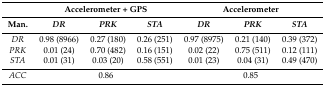
<table><thead><tr><td></td><td colspan="3"><b>Accelerometer + GPS</b></td><td colspan="3"><b>Accelerometer</b></td></tr><tr><td><b>Man.</b></td><td><b><i>DR</i></b></td><td><b><i>PRK</i></b></td><td><b><i>STA</i></b></td><td><b><i>DR</i></b></td><td><b><i>PRK</i></b></td><td><b><i>STA</i></b></td></tr></thead><tbody><tr><td><i>DR</i></td><td>0.98 (8966)</td><td>0.27 (180)</td><td>0.26 (251)</td><td>0.97 (8975)</td><td>0.21 (140)</td><td>0.39 (372)</td></tr><tr><td><i>PRK</i></td><td>0.01 (24)</td><td>0.70 (482)</td><td>0.16 (151)</td><td>0.02 (22)</td><td>0.75 (511)</td><td>0.12 (111)</td></tr><tr><td><i>STA</i></td><td>0.01 (31)</td><td>0.03 (20)</td><td>0.58 (551)</td><td>0.01 (23)</td><td>0.04 (31)</td><td>0.49 (470)</td></tr><tr><td><i>ACC</i></td><td colspan="3">0.86</td><td colspan="3">0.85</td></tr></tbody></table>